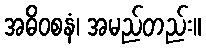
အဓိဝစနံ၊ အမည်တည်း။